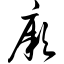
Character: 厥